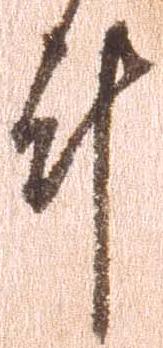
計